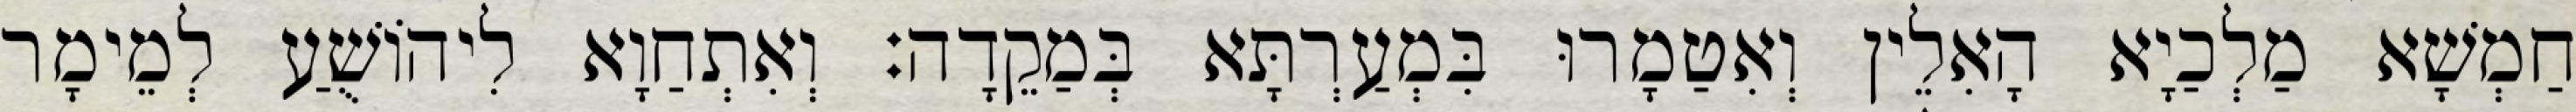
חַמְשָׁא מַלְכַיָא הָאִלֵין וְאִטַמָרוּ בִּמְעַרְתָּא בְּמַקֵדָה׃ וְאִתְחַוָא לִיהוֹשֻׁעַ לְמֵימָר